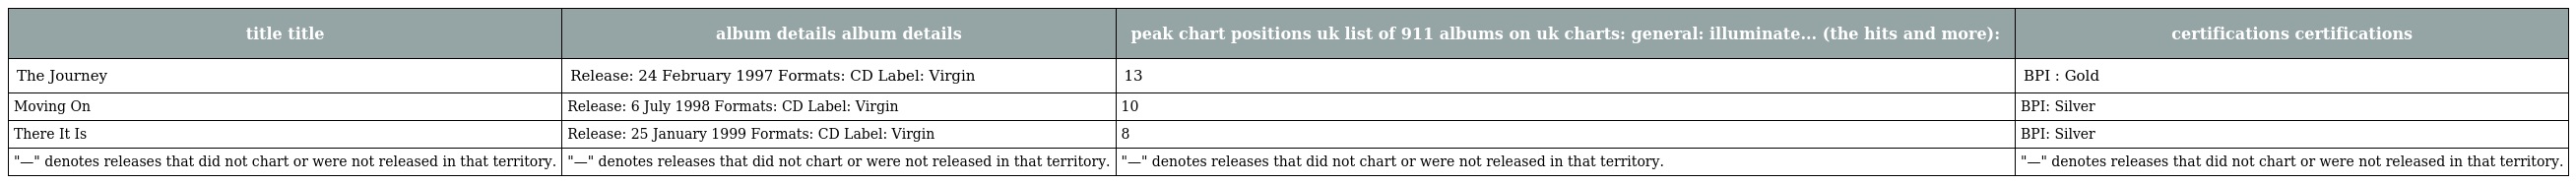
| title title | album details album details | peak chart positions uk list of 911 albums on uk charts: general: illuminate... (the hits and more): | certifications certifications |
 | --- | --- | --- | --- |
 | The Journey | Release: 24 February 1997 Formats: CD Label: Virgin | 13 | BPI : Gold |
 | Moving On | Release: 6 July 1998 Formats: CD Label: Virgin | 10 | BPI: Silver |
 | There It Is | Release: 25 January 1999 Formats: CD Label: Virgin | 8 | BPI: Silver |
 | "—" denotes releases that did not chart or were not released in that territory. | "—" denotes releases that did not chart or were not released in that territory. | "—" denotes releases that did not chart or were not released in that territory. | "—" denotes releases that did not chart or were not released in that territory. |